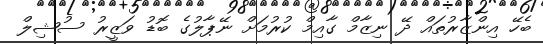
ބެހޭ އިންޒާރުތައް ދޭ ނިޒާމް ގާއިމް ކުރުމަށް ނޭޕާލުގެ ބޮޑު ވަޒީރު ސުޝިލް